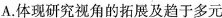
A. 体现研究视角的拓展及趋于多元